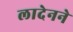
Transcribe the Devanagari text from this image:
लादेनने